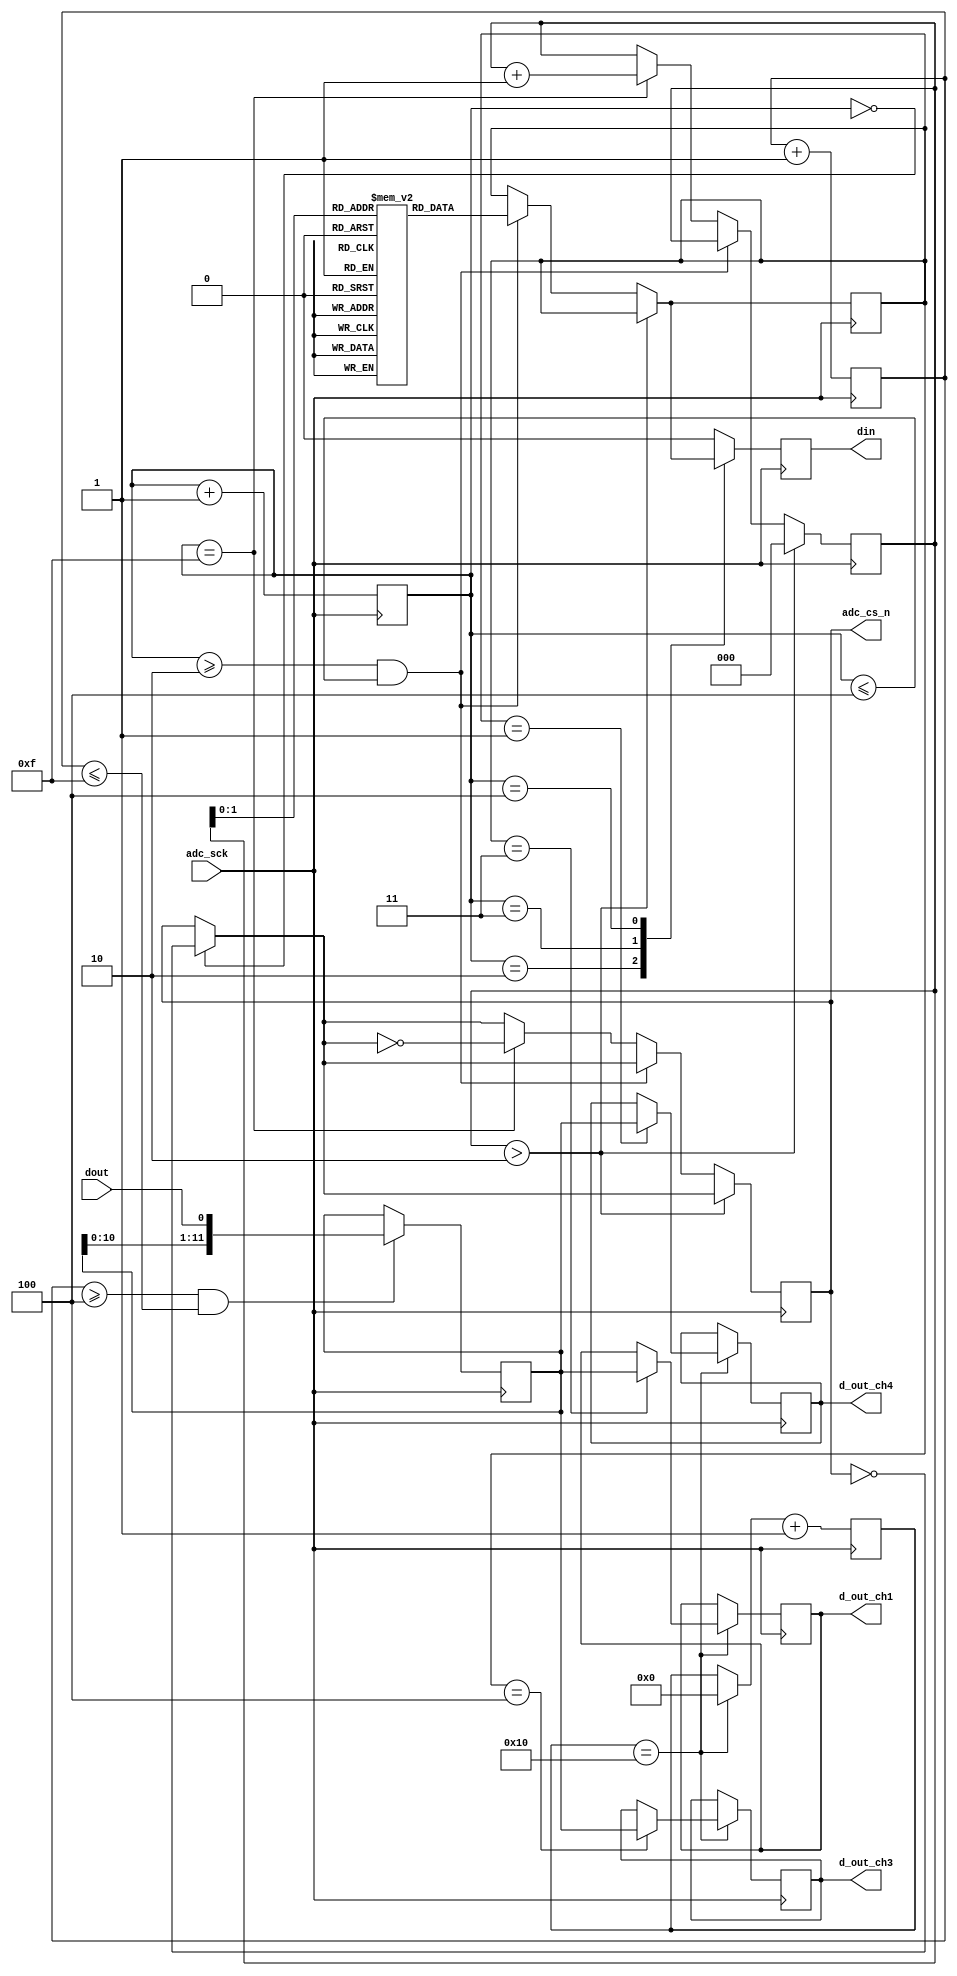
/* Module SM_1118_ADC_Control

This Module controls the built-in 12-bit adc of the de0 Nano board.

This ADC Module is responsible to get analog input values from the
line follower sensor in the appropriate channels.

ADC Control design
Input  :  ac_sck : 3.125MHz Clock
          dout   : digital output from ADC128S022 (serial 12-bit),
Outpu  :  adc_cs_n : Chip Select, 
          din      : Ch. address input to ADC128S022, 
          d_out_ch1, d_out_ch3, d_out_ch4 : 12-bit output of ch. 1,3 & 4 */

// Module Declaration
module SM_1118_ADC_Control(
    input  adc_sck, dout,
    output adc_cs_n, din,
    output [11:0] d_out_ch1, d_out_ch3, d_out_ch4
);

// Decalring variables
reg[11:0] dout_chx, dout_ch1 = 0, dout_ch3 = 0, dout_ch4 = 0;
reg[4:0] data_counter = 0;
reg[3:0] din_counter = 0, sp_counter = 0;
reg[2:0] channel_select = 0, channel = 0;
reg[2:0] mem1 [0:2];
reg adc_cs = 1, din_temp = 0;

// Initializing Channels for 1, 3, 4 to get input from the line follower sensor
initial begin
    mem1[0] = 1; mem1[1] = 3; mem1[2] = 4;
end

// Selecting data Channels Block
// Channels need to be selected 1, 3, 4
always @(negedge adc_sck) begin
    if (din_counter == 0) adc_cs = ~adc_cs;
    if (channel_select > 2) channel_select = 0;
    else if((din_counter >= 2) && (din_counter <= 4)) channel = mem1[channel_select];
    else if(din_counter == 15) begin
            adc_cs = ~adc_cs;
            channel_select = channel_select + 1'b1;
        end
    case(din_counter)
        2: din_temp = channel[2]; 
        3: din_temp = channel[1];
        4: din_temp = channel[0];
        default: din_temp = 0;
    endcase
    din_counter = din_counter + 1'b1;
end

// Serial Read Parallel Out Block
always @(posedge adc_sck) begin
    if(sp_counter >= 4 && sp_counter <=15) begin
        dout_chx = {dout_chx[10:0], dout};
    end
    sp_counter = sp_counter + 1'b1;
end

// Data Visualization and d_out_chx mapping Block
always @(negedge adc_sck) begin
    if(data_counter == 16) begin
        data_counter = 0;
        case(channel)
            1: dout_ch1 = dout_chx;
            3: dout_ch3 = dout_chx;
            4: dout_ch4 = dout_chx;
        endcase
    end
    data_counter = data_counter + 1'b1;
end

// Assigning Outputs with corresponding Registers
assign adc_cs_n = adc_cs;
assign din = din_temp;
assign d_out_ch1 = dout_ch3;
assign d_out_ch3 = dout_ch4;
assign d_out_ch4 = dout_ch1;

endmodule